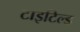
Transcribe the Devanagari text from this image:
टाइटिल्ड